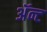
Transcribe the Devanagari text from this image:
ॲन्ट